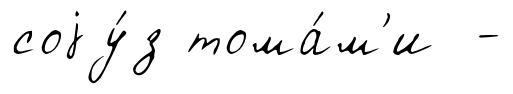
соjу́з тома́м'и -